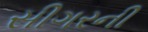
સીગરની